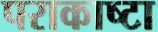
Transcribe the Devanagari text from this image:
पराकाष्टा